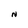
Character: N